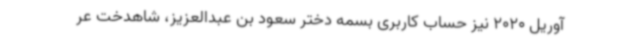
آوریل 2020 نیز حساب کاربری بسمه دختر سعود بن عبدالعزیز، شاهدخت عر